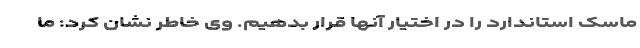
ماسک استاندارد را در اختیار آنها قرار بدهیم. وی خاطر نشان کرد: ما